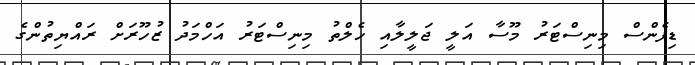
ޑިފެންސް މިނިސްޓަރު މޫސާ އަލީ ޖަލީލާއި ހެލްތު މިނިސްޓަރު އަހްމަދު ޒުހޫރަށް ރައްޔިތުންގެ